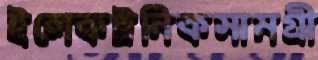
ইলেকট্রনিকসামগ্রী